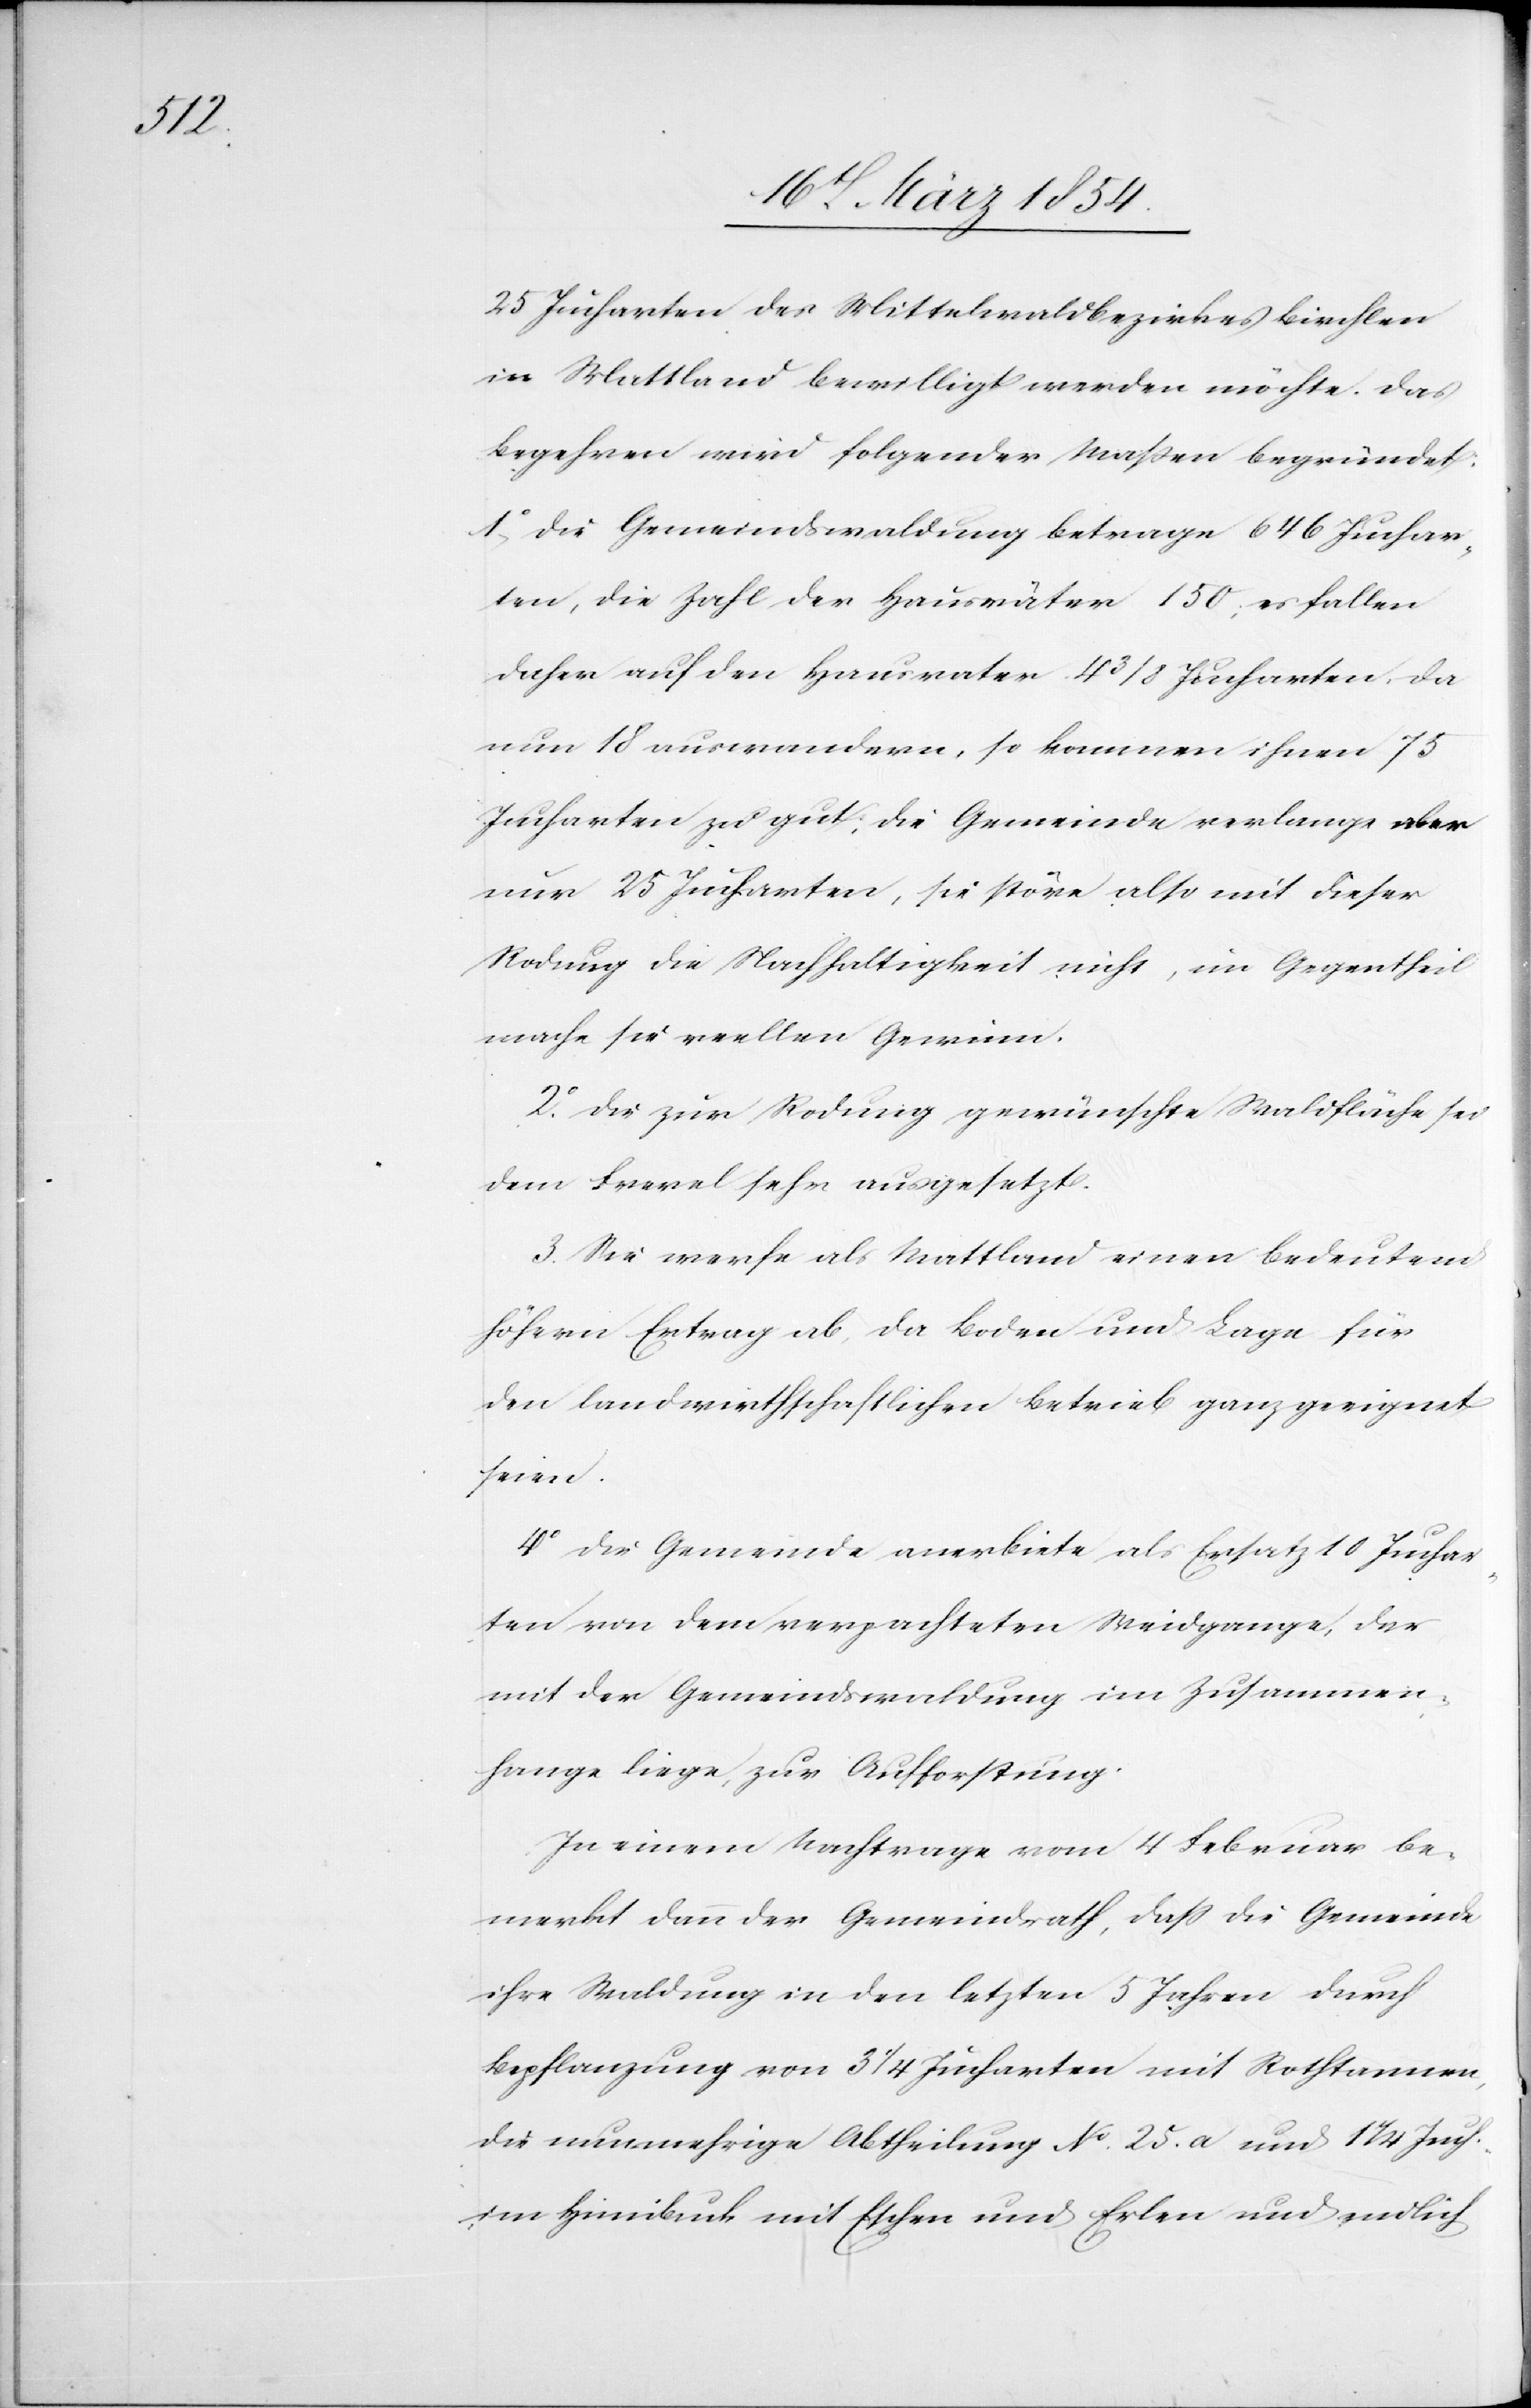
25 Jucharten des Mittelwaldbezirkes Birchlen
in Mattland bewilligt werden möchte. Das
Begehren wird folgender Maßen begründet:
1o Die Gemeindswaldung betrage 646 Juchar¬
ten, die Zahl der Hausväter 150; es fallen
daher auf den Hausvater 4 3/8 Jucharten, da
nun 18 auswandern, so kommen ihnen 75
Jucharten zu gut; die Gemeinde verlange aber
nur 25 Jucharten, sie störe also mit dieser
Rodung die Nachhaltigkeit nicht, im Gegentheil
mache sie reellen Gewinn.
2o Die zur Rodung gewünschte Waldfläche sei
dem Frevel sehr ausgesetzt.
3o Sie werfe als Mattland einen bedeutend
höhern Ertrag ab, da Boden und Lage für
den landwirthschaftlichen Betrieb ganz geeignet
seien.
4o die Gemeinde anerbiete als Ersatz 10 Juchar¬
ten von dem verpachteten Weidgange, der
mit der Gemeindswaldung im Zusammen¬
hang liege, zur Aufforstung.
In einem Nachtrage vom 4 Februar be¬
merkt dann der Gemeindrath, daß die Gemeinde
ihre Waldung in den letzten 5 Jahren durch
Bepflanzung von 3 ¼ Jucharten mit Rothtannen,
die nunmehrige Abtheilung No 25. a und 1 1/4 Juch.
im Himibuck mit Eschen und Erlen und endlich